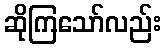
ဆိုကြသော်လည်း